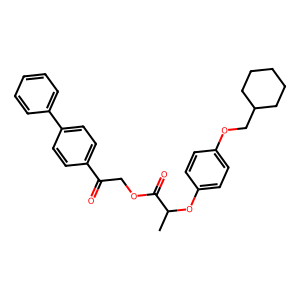
SMILES: CC(Oc1ccc(OCC2CCCCC2)cc1)C(=O)OCC(=O)c1ccc(-c2ccccc2)cc1
Inhibits HIV replication: No